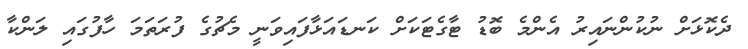
ދެކޮޅަށް ނުކުންނައިރު އެންމެ ބޮޑު ޓާގެޓަކަށް ކަނޑައަޅާފައިވަނީ މެޗުގެ ފުރަތަމަ ހާފުގައި ލަންކާ